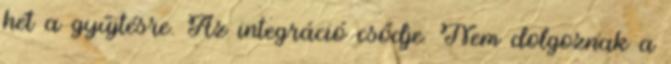
hét a gyűjtésre. Az integráció csődje. Nem dolgoznak a